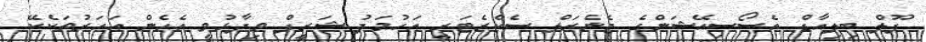
ޕޫލް ބިލިއާޑް އެސޯސިއޭޝަންގެ ޖެނެރަލް ސެކްރެޓަރީ އަހުމަދު ޝަރީފް ވިދާޅުވީ އެހެން އަހަރުތަކެކޭ